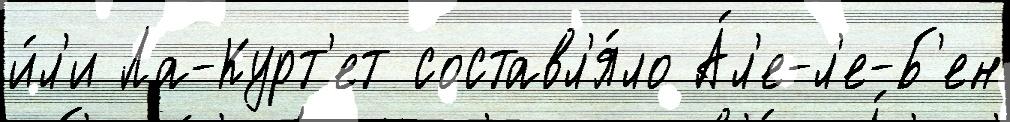
и́л'и Ла-Курт'ет составл'я́ло А́л'е-л'е-Б'ен